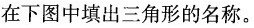
在下图中填出三角形的名称。